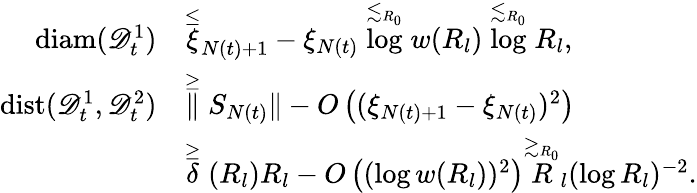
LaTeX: \begin{array}{rl}{\mathrm{diam}(\mathscr{D}_{t}^{1})}&{\stackrel{\leq}\xi_{N(t)+1}-\xi_{N(t)}\stackrel{\lesssim_{R_{0}}}\log w(R_{l})\stackrel{\lesssim_{R_{0}}}\log R_{l},}\\ {\mathrm{dist}(\mathscr{D}_{t}^{1},\mathscr{D}_{t}^{2})}&{\stackrel{\geq}\| S_{N(t)}\| -O\left((\xi_{N(t)+1}-\xi_{N(t)})^{2}\right)}\\ &{\stackrel{\geq}\delta(R_{l})R_{l}-O\left((\log w(R_{l}))^{2}\right)\stackrel{\gtrsim_{R_{0}}}R_{l}(\log R_{l})^{-2}.}\end{array}